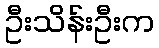
ဦးသိန်းဦးက